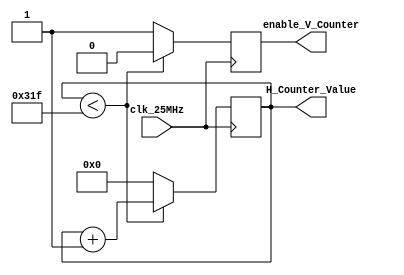
`timescale 1ns / 1ps
//////////////////////////////////////////////////////////////////////////////////
// Company: 
// Engineer: 
// 
// Design Name: 
// Module Name: horizontal_counter
// Project Name: 
// Target Devices: 
// Tool Versions: 
// Description: 
// 
// Dependencies: 
// 
// Revision:
// Revision 0.01 - File Created
// Additional Comments:
// 
//////////////////////////////////////////////////////////////////////////////////


module horizontal_counter(
  input clk_25MHz,
  output reg [15:0] H_Counter_Value=0,
  output reg enable_V_Counter = 0);
  
  always @(posedge clk_25MHz) begin
    if (H_Counter_Value < 799) begin
      H_Counter_Value <= H_Counter_Value+1; 
      enable_V_Counter <= 0; end
    else begin
      H_Counter_Value <= 0;
      enable_V_Counter <= 1; 
    end
    
  end
  
endmodule